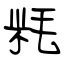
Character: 粍